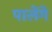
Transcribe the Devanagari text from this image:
पालेंगे